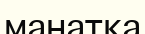
манатқа